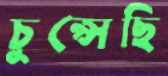
চুপ্‌সেছি